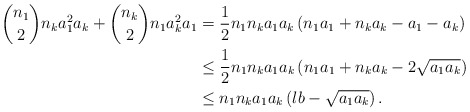
\begin{align*}\binom{n_{1}}{2}n_{k}a_{1}^{2}a_{k}+\binom{n_{k}}{2}n_{1}a_{k}^{2}a_{1} &=\frac{1}{2}n_{1}n_{k}a_{1}a_{k}\left( n_{1}a_{1}+n_{k}a_{k}-a_{1}-a_{k}\right) \\& \leq\frac{1}{2}n_{1}n_{k}a_{1}a_{k}\left( n_{1}a_{1}+n_{k}a_{k}-2\sqrt{a_{1}a_{k}}\right) \\& \leq n_{1}n_{k}a_{1}a_{k}\left( lb-\sqrt{a_{1}a_{k}}\right) . \end{align*}